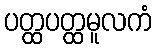
ပတ္ထပတ္ထမူလကံ